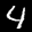
Label: 4